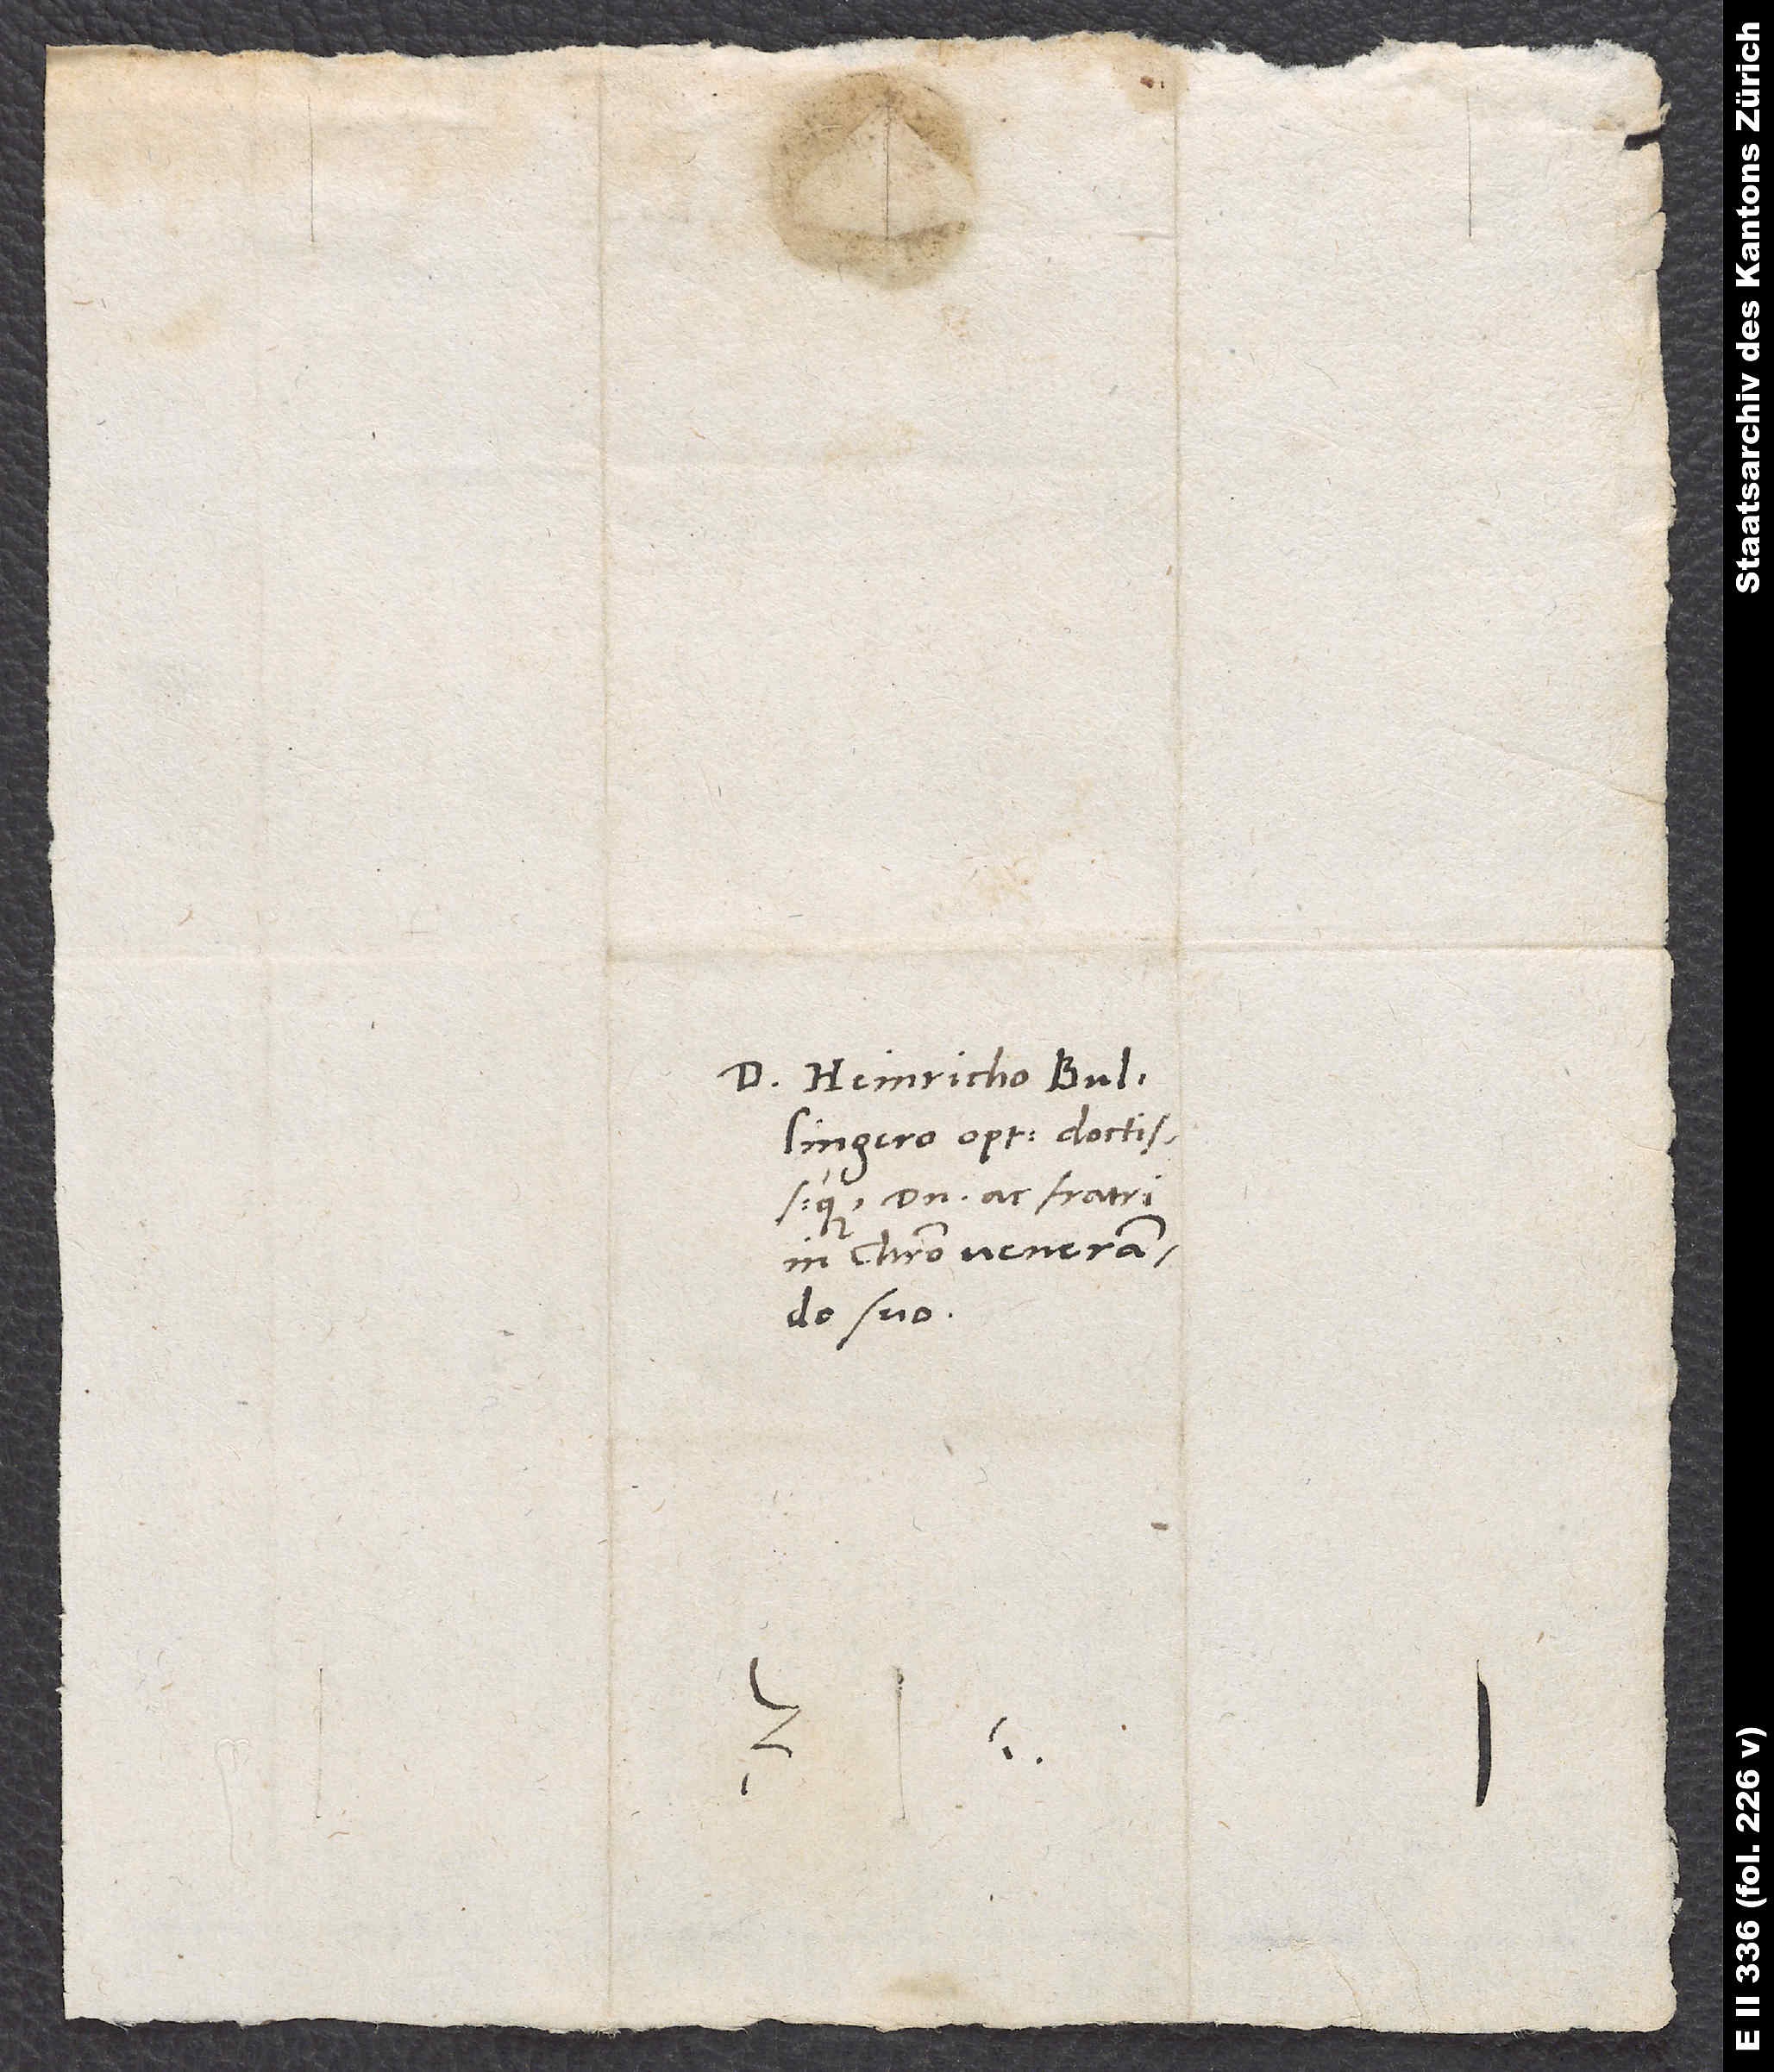
D. Heinricho Bullingero
domino ac fratri
in Christo venerande
suo.